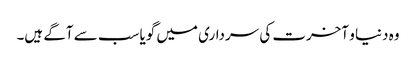
وہ دنیا و آخرت کی سرداری میں گویا سب سے آگے ہیں۔